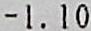
-1.10